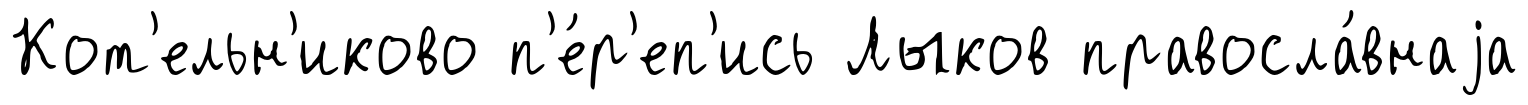
Кот'ельн'иково п'е́р'еп'ись Лыков правосла́внаjа